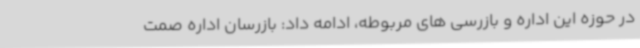
در حوزه این اداره و بازرسی های مربوطه، ادامه داد: بازرسان اداره صمت